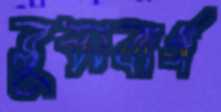
ব্লুমবার্গ